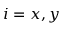
i = x , y